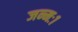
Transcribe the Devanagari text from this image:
जन्मः१